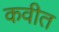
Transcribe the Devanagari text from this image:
कवीत